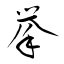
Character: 挙